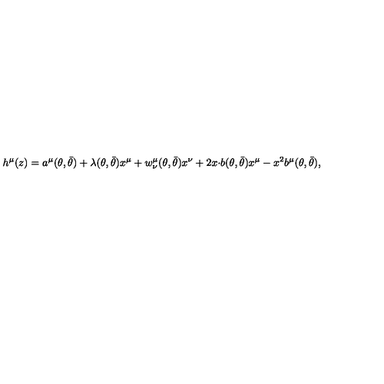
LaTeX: h ^ { \mu } ( z ) = a ^ { \mu } ( \theta , \bar { \theta } ) + \lambda ( \theta , \bar { \theta } ) x ^ { \mu } + w _ { \nu } ^ { \mu } ( \theta , \bar { \theta } ) x ^ { \nu } + 2 x { \cdot b } ( \theta , \bar { \theta } ) x ^ { \mu } - x ^ { 2 } b ^ { \mu } ( \theta , \bar { \theta } ) ,